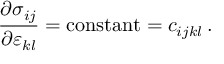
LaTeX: { \frac { \partial \sigma _ { i j } } { \partial \varepsilon _ { k l } } } = { \mathrm { c o n s t a n t } } = c _ { i j k l } \, .